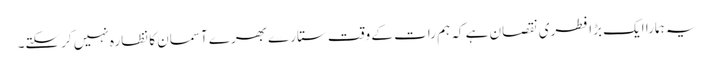
یہ ہمارا ایک بڑا فطری نقصان ہے کہ ہم رات کے وقت ستارے بھرے آسمان کا نظارہ نہیں کرسکتے۔